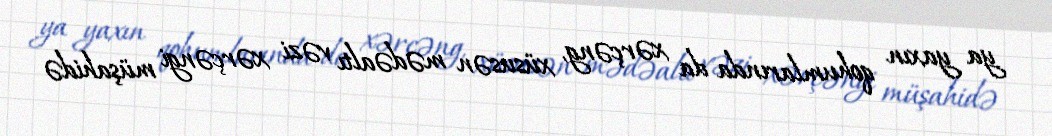
ya yaxın qohumlarında da xərçəng, xüsusən mədəaltı vəzi xərçəngi müşahidə